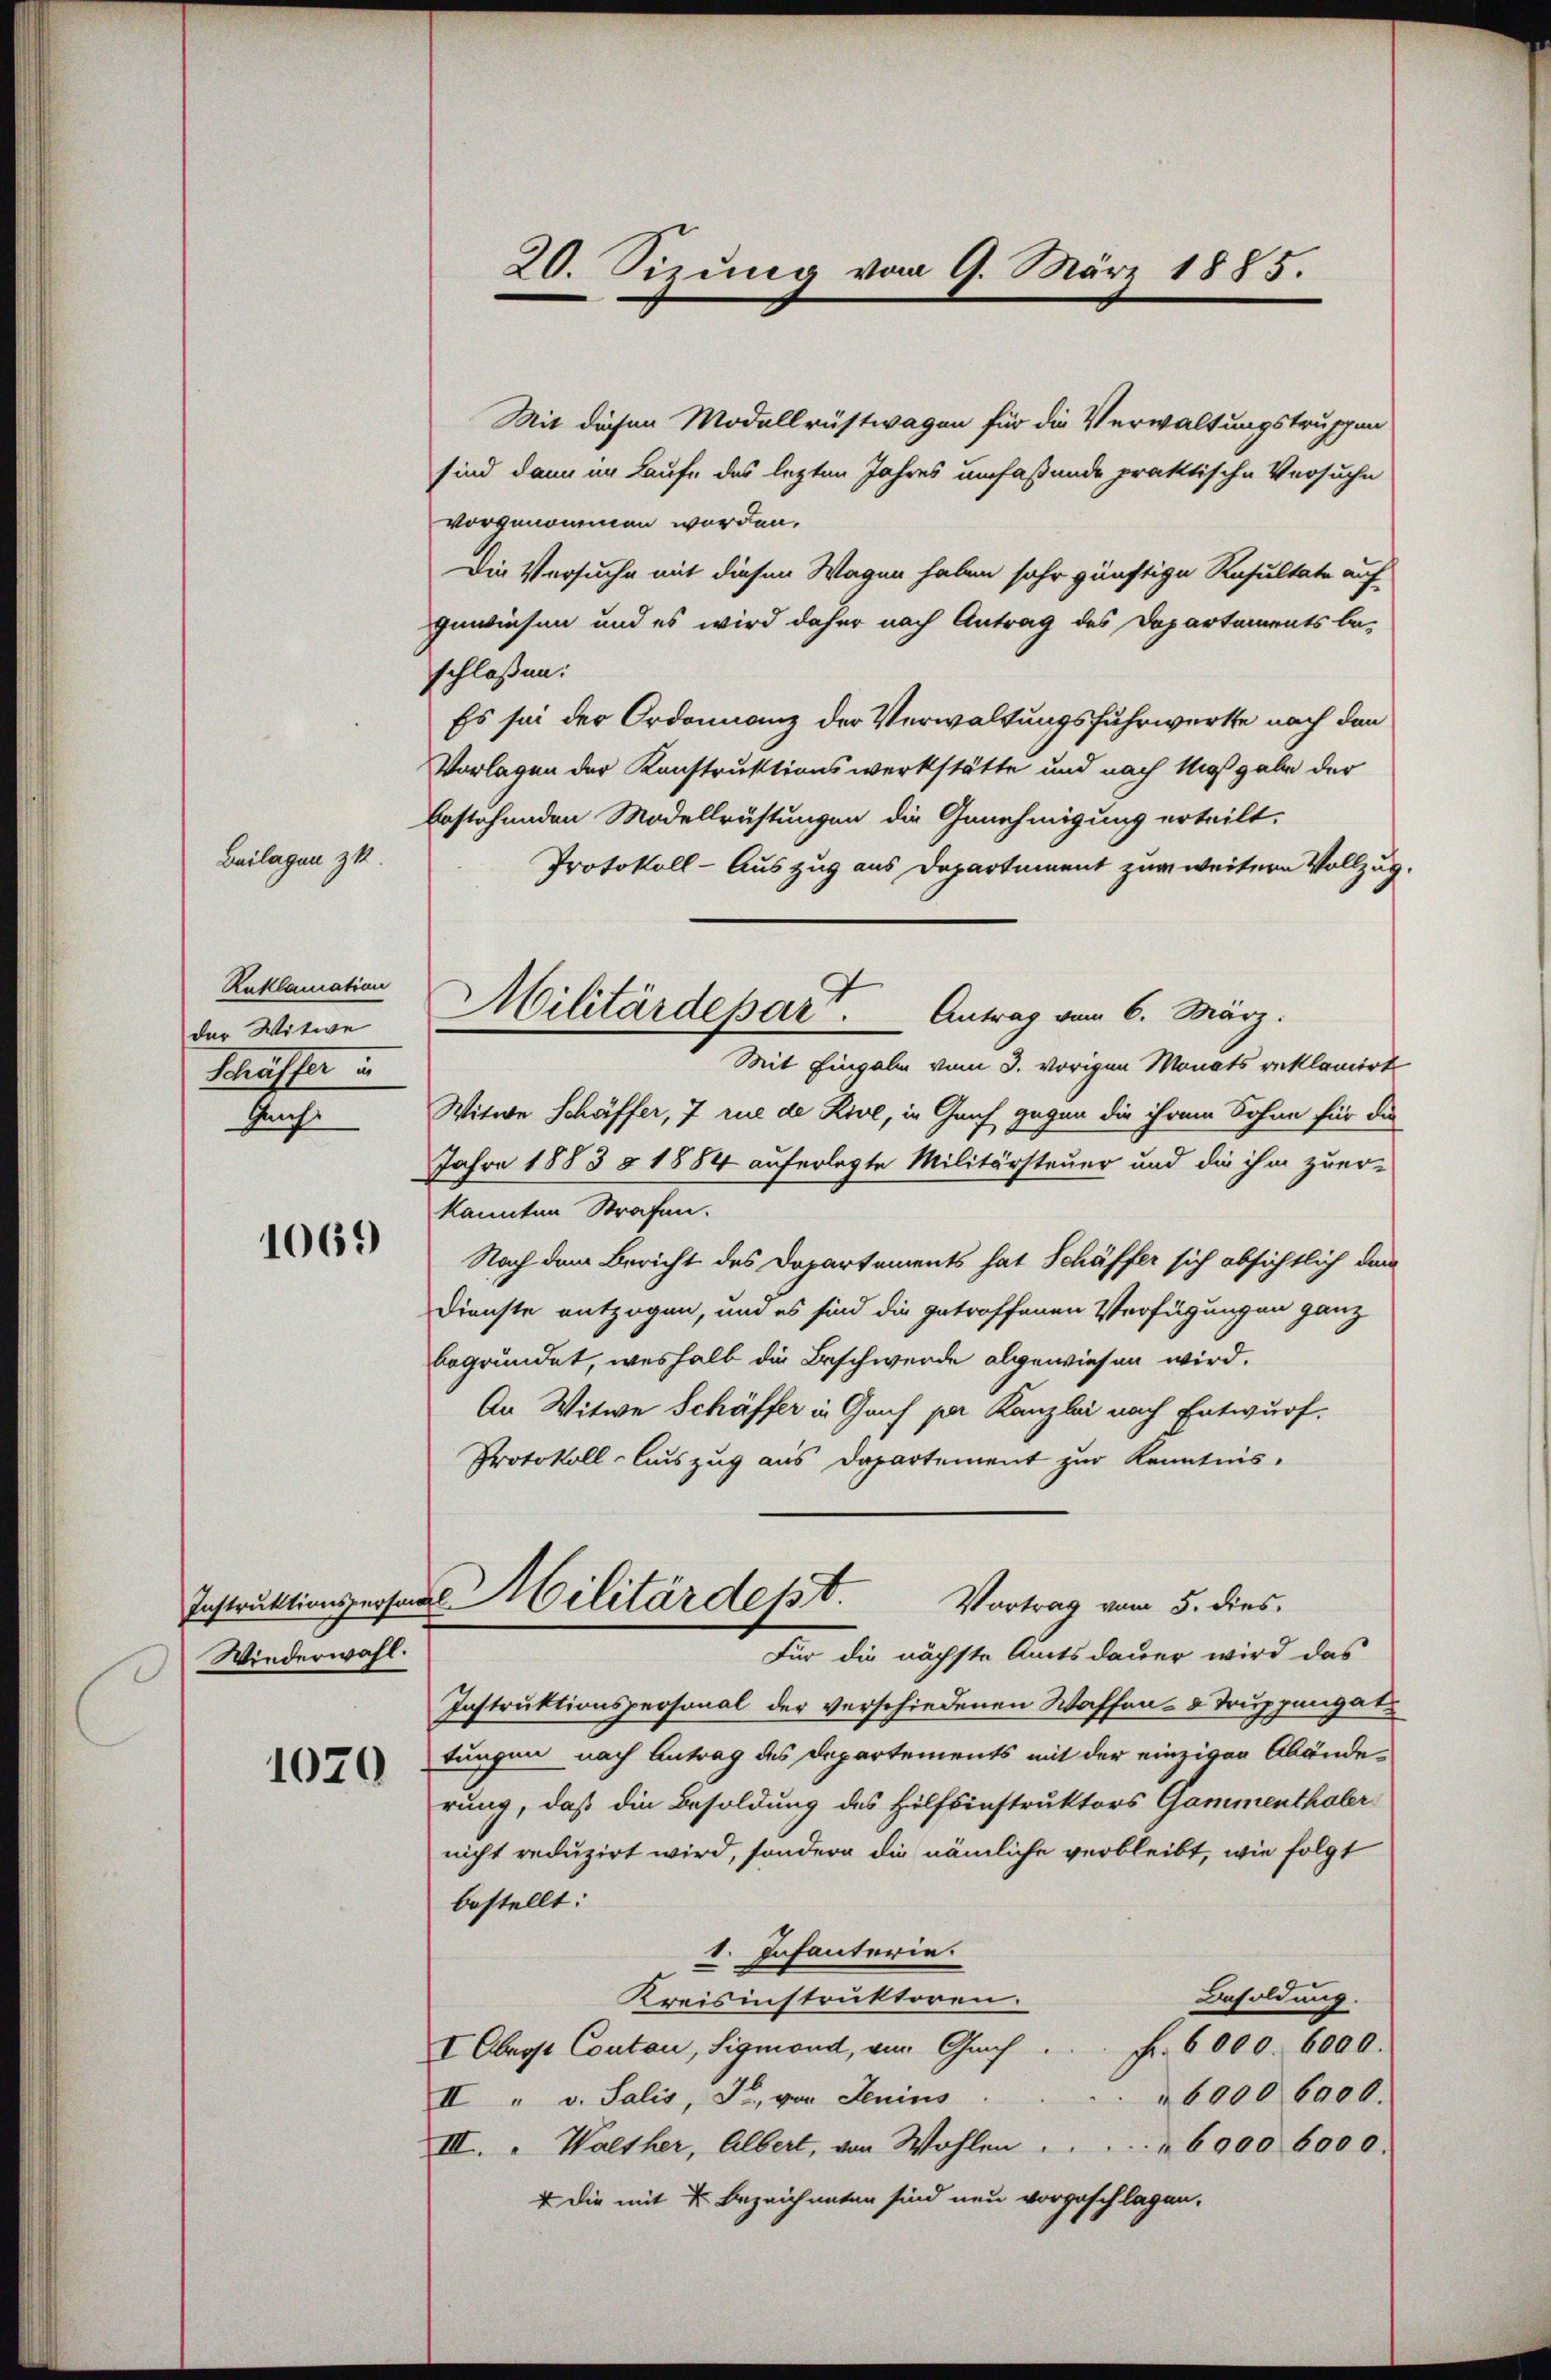
Beilagen zu

Kaklamation
der Witwe
Schaffer un
Lenche

1069

Instruktionsperson
Wiederwahl.

1020

20. Sizung vom 9. März 1885.

Mit diesen Modellrüstwagen für die Verwaltungstruppen
sind dann im Laufe des lezten Jahres umfaßende praktische Versuche
vorgenommen worden.
Die Versuche mit diesen Wagen haben sehr günftige Resultate auf
gewiesen und es wird daher nach Antrag des Departements be-
schloßen:
Es sei der Ordonnanz der Verwaltungsfuhrwerte nach den
Vorlagen der Konstruktionswerkstätte und nach Maßgabe der
bestehenden Modellrüstungen die Genehmigung erteilt.
Protokoll- Auszug aus Departement zur weitern Vollzug.
Mit Eingabe vom 3. vorigen Monats reklamirt
Witwe Schäffer, 7 rue de Rive, in Geich gegen die ihrem Sohne für die
Jahre 1883 § 1884 auferlegte Militärsteuer und die ihm zuer-
kannten Strafen.
Nach dem Bericht des Departements hat Schäffer sich absichtlich dem
Dienste entzogen, um es sind die getroffenen Verfügungen ganz
begründet, weshalb die Beschwerde abgewiesen wird.
An Witwe Schäffer in Gans per Kanzlei nach Entwurf.
Protokoll-Auszug aus Departement zur Kenntnis-
Militärdept.
Vortrag vom 5. dies
Für die nächste Amtsdauer wird das
Instruktionspersonal der verschiedenen Waffen- & Truppengat
tungen nach Antrag des Departements mit der einzigen Abänderung, daß die Besoldung des Hilfsinstruktors Gammenthaler
nicht reduzirt wird, sondern die nämliche verbleibt, wie folgt
bestellt:
1. Infanterie.
Besoldung.
Kreisinstruktoren.
Fr. 6000. 6000.
I Oberst Contan, Sigmond, von Grif
6000 6000.
II " v. Salis, Fr., von Jenins
III. " Wolther, Albert, von Wohlen . . . . . 6000 6000.
+ Die mit 2 bezeichneten sind neu vorgeschlagen.

Militärdepart. Antrag vom 6. März.